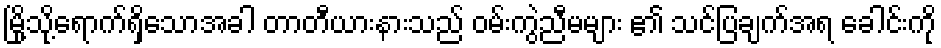
မြို့သို့ရောက်ရှိသောအခါ တာတီယားနားသည် ဝမ်းကွဲညီမများ ၏ သင်ပြချက်အရ ခေါင်းကို